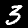
Digit: 3